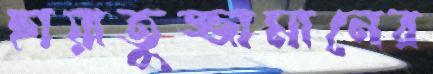
হায়াতুজ্জামানের